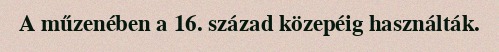
A műzenében a 16. század közepéig használták.